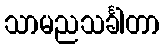
သာမညသင်္ခါတာ